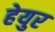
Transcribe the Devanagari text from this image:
हेयुर